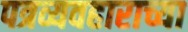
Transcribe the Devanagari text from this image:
पत्रव्यवहाराच्या